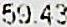
59.43